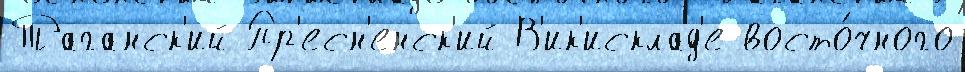
Таганск'ий Пр'есн'енск'ий В'ик'исклад'е восто́чного